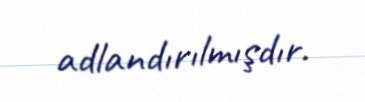
adlandırılmışdır.